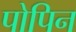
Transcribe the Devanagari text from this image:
पोपिन